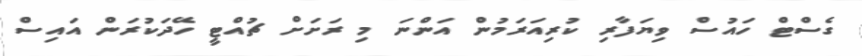
ގެސްޓް ހައުސް ވިޔަފާރި ކުރިއަރަމުން އަންނަ މި ރަށަށް ޗުއްޓީ ހޭދަކުރަން އައިސް